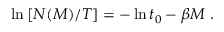
\ln \left[ N ( M ) / T \right] = - \ln t _ { 0 } - \beta M \, \, .